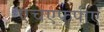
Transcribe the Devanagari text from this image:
एचएफपीए